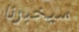
سيخبرنا